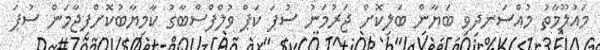
މައުލޫމާތު މުއްސަނދިވި ބަޔާން ބަލިކޮށް ޖަރުމަނު ސުޕަ ކަޕް ވުލްފްސްބާގު ކާމިޔާބުކޮށްފިޖާމަން ސުޕަ